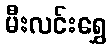
မီးလင်းရွှေ